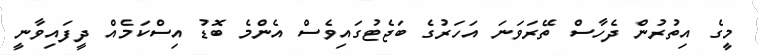
މީގެ އިތުރުން ދެހާސް ތޭރަވަނަ އަހަރުގެ ބަޖެޓުގައިވެސް އެންމެ ބޮޑު އިސްކަމެއް ދީފައިވާނީ